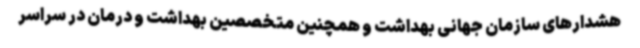
هشدارهای سازمان جهانی بهداشت و همچنین متخصصین بهداشت و درمان در سراسر